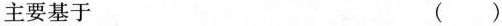
主要基于 ( )